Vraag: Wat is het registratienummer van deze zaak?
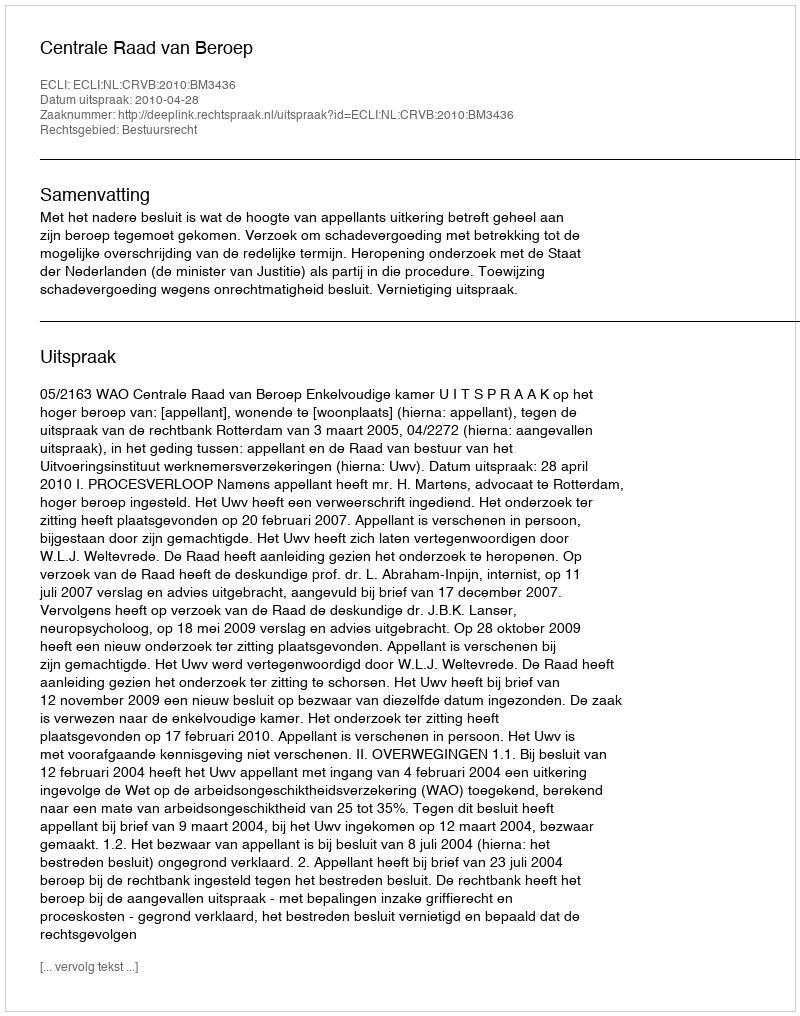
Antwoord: http://deeplink.rechtspraak.nl/uitspraak?id=ECLI:NL:CRVB:2010:BM3436